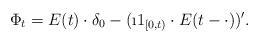
LaTeX: \begin{align*} \Phi_{t}= E(t) \cdot \delta_{0} - (\i1_{[0,t)} \cdot E(t-\cdot))'.\end{align*}